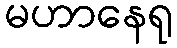
မဟာနေရု